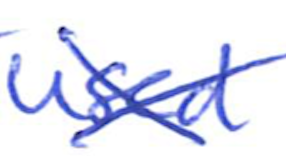
Text: used
Cross-out: cross
Writing tool: ballpoint